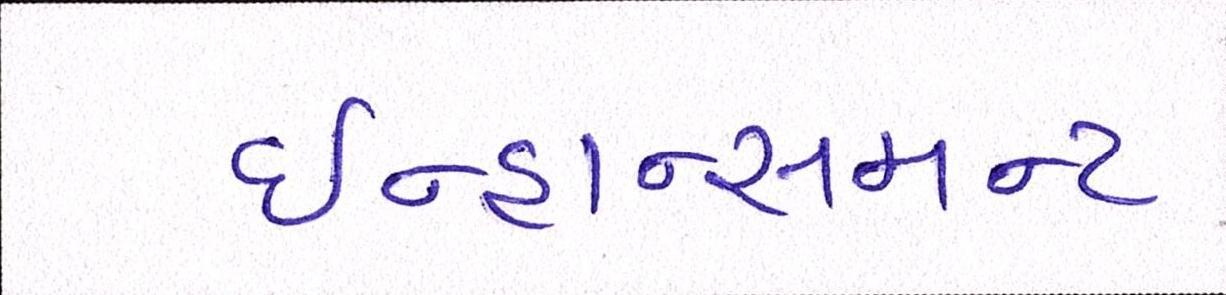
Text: ઇન્હાન્સમન્ટ